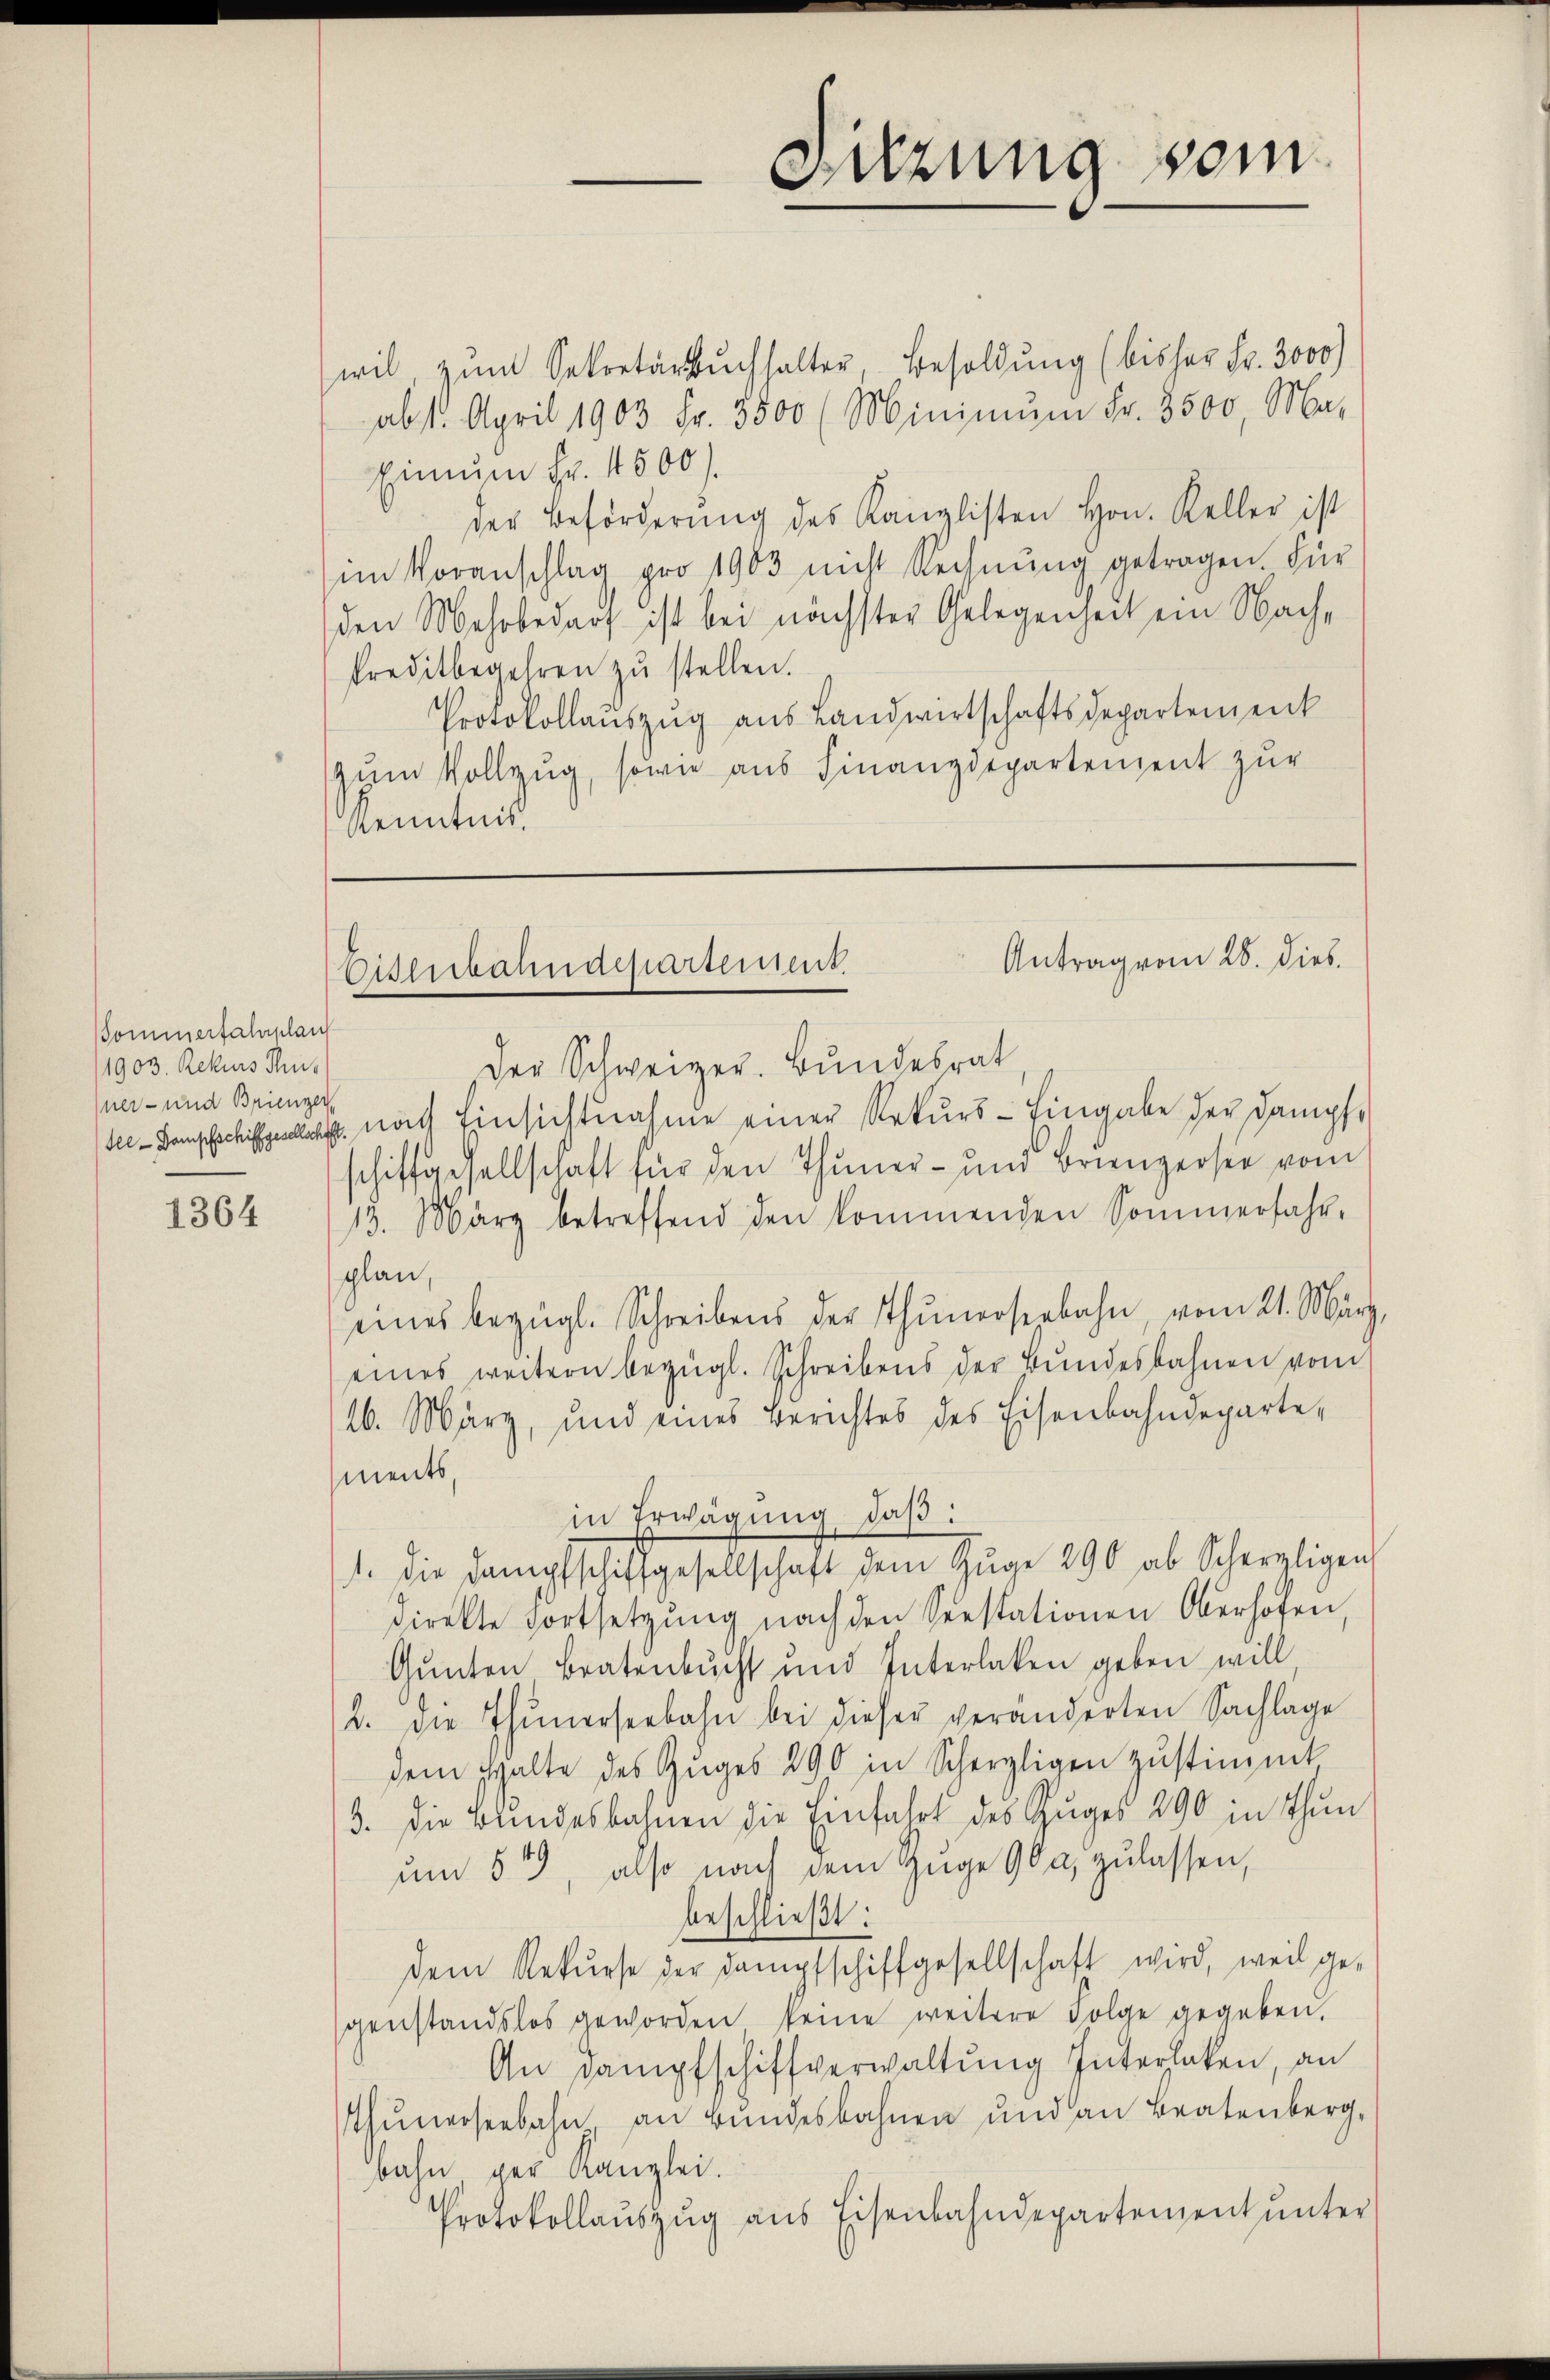
Sommerfahrplant
1903. Rekurs Thu
ner- und Brienzer,

1364

wil zum Sekretärbuchhalter, Besoldung (bisher Fr. 3000
abst. April 1903 Fr. 3800 (Minimŭm Fr. 3500 Ma-
Einum Fr. 4500.
der Beförderung des Kanzlisten Hrn. Keller ist
im Voranschlag pro 1903 nicht Rechnŭng getragen. Für
den Mehrbedarf ist bei nächster Gelegenheit ein Nach-
Preditbegehren zŭ stellen.
Protokollauszug aus Landwirtschaftsdepartement
zum Vollzug, sowie aus Finanzdepartement zur
Kenntnis.

Der Schweizer. Bŭndesrat,
See. Dampfschieht nach Einsichtnahme einer Rekurs - Eingabe der Dampfe
schiffgesellschaft für den Thuner- und Briengersee vom
13. März betreffend den kommenden Sommerfahr-
plan,
eines bezügl. Schreibens der Thunerseebahn, vom 21. März,
eines weitern bezügl. Schreibens der Bŭndesbahnen vom
26. März, und eines Berichtes des Eisenbahndeparte,
ments,
in Erwägung, daß:
1. die Dampfschiffgesellschaft dem Zŭge 290 ab Scherzligen
direkte Fortsetzŭng nach den Seestationen Oberhofen,
Gunten Bratenbucht und Interlaken geben will
2. die Thunerseebahn bei dieser veränderten Sachlage
dem halte des Zŭges 290 in Scherzligen zŭstimmt,
3. Die Bundesbahnen die Einfahrt des Zuges 290 in Thun
um 5, also nach dem Zuge 90a, zulassen,
beschließt:
dem Rekurse der Dampfschiffgesellschaft wird, weil ge-
genstandslos geworden keine weitere Folge gegeben.
An Dampfschiffverwaltung Interlaken, an
Thunerseebahn an Bundesbahnen und an Bratenberg,
bahn ger Kanzlei.
Protokollauszug aus Eisenbahndepartement unter

Sitzung vom

Antrag vom 28. Dieb
Eisenbahndepartement.